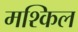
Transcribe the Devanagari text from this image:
मश्किल